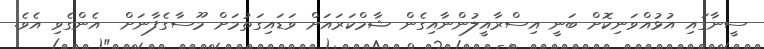
ސީނާގައި އުޅުއްވަނިކޮށް ބަނީ އިސްރާއީލުންނާއިގެން ޝާމްކަރައަށް ވަޑައިގަތުމަށް މޫސާގެފާނަށް  އެންގެވި އެވެ.